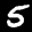
Label: 5